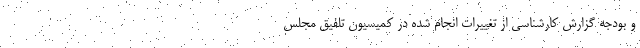
و بودجه گزارش کارشناسی از تغییرات انجام شده در کمیسیون تلفیق مجلس